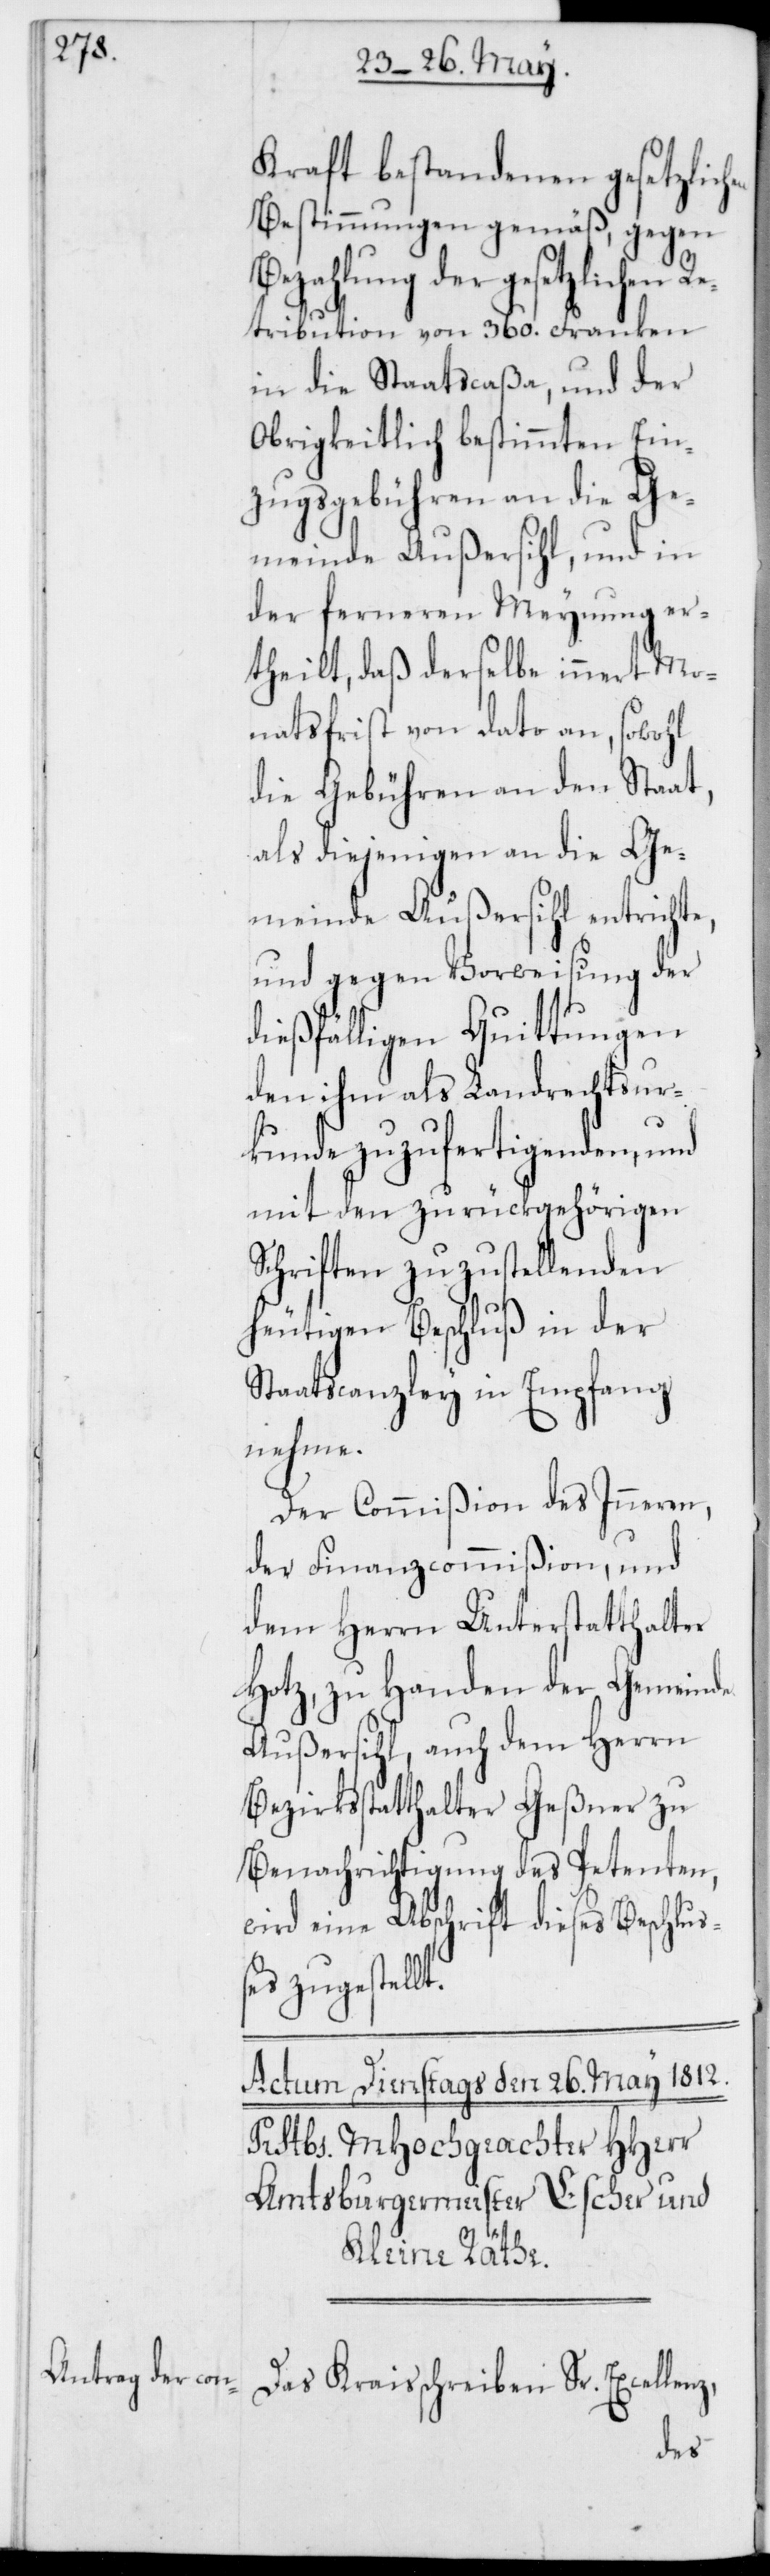
Kraft bestandenen gesetzlich¬
Bestimmungen gemäß, gegen
Bezahlung der gesetzlichen
Retribution von 360. Franken
in die Staatscaßa, und der
Obrigkeitlich bestimmten Ein¬
zugsgebühren an die Ge¬
meinde Außersihl, und in
der ferneren Meynung er¬
theilt, daß derselbe innert Mo¬
natsfrist von dato an, sowohl
die Gebühren an den Staat,
als diejenigen an die Ge¬
meinde Außersihl entrichte,
und gegen Vorweisung der
dießfälligen Quittungen
den ihm als Landrechtsur¬
kunde zuzufertigenden, und
mit den zurückgehörigen
Schriften zuzustellenden
heutigen Beschluß in der
Staatscanzley in Empfang
nehme.
Der Commißion des Inneren,
der Finanzcommißion, und
dem Herrn Unterstatthalter
Hotz, zu Handen der Gemeinde
Außersihl, auch dem Herrn
Bezirksstatthalter Geßner zu
Benachrichtigung des Petenten,
wird eine Abschrift dieses Beschluß¬
es zugestellt.
en